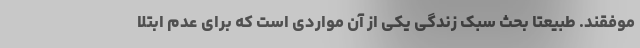
موفقند. طبیعتا بحث سبک زندگی یکی از آن مواردی است که برای عدم ابتلا